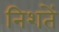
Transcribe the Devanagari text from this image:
निशतें